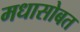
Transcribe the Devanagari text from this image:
मधासोबत